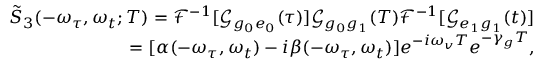
\begin{array} { r } { \tilde { S } _ { 3 } ( - \omega _ { \tau } , \omega _ { t } ; T ) = \mathscr { F } ^ { - 1 } [ \mathscr { G } _ { g _ { 0 } e _ { 0 } } ( \tau ) ] \mathscr { G } _ { g _ { 0 } g _ { 1 } } ( T ) \mathscr { F } ^ { - 1 } [ \mathscr { G } _ { e _ { 1 } g _ { 1 } } ( t ) ] } \\ { = [ \alpha ( - \omega _ { \tau } , \omega _ { t } ) - i \beta ( - \omega _ { \tau } , \omega _ { t } ) ] e ^ { - i \omega _ { v } T } e ^ { - \gamma _ { g } T } , } \end{array}